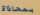
بمحاذاة